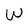
Character: W